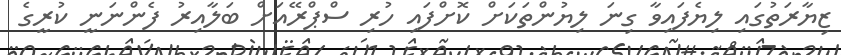
ޒިޔާރަތުގައި ލިޔެފައިވާ ގިނަ ލިޔުންތަކަށް ކޮށްފައި ހުރި ސްޕްރޭއަށް ބަލާއިރު ފެންނަނީ ކުރީގެ